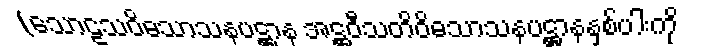
(သောဠသဝိဓသာသနပဋ္ဌာန အဋ္ဌဝီသတိဝိဓသာသနပဋ္ဌာနနှစ်ပါးကို